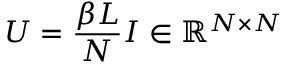
U = \frac { \beta L } { N } I \in \mathbb { R } ^ { N \times N }